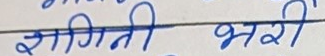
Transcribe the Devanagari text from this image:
सागिती भरी